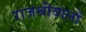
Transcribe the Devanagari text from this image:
राजश्रीवालों